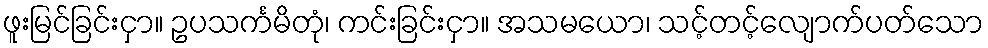
ဖူးမြင်ခြင်းငှာ။ ဥပသင်္ကမိတုံ၊ ကင်းခြင်းငှာ။ အသမယော၊ သင့်တင့်လျောက်ပတ်သော